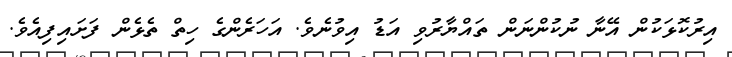
އިރުކޮޅަކުން އޭނާ ނުކުންނަން ތައްޔާރުވި އަޑު އިވުނެވެ. އަހަރެންގެ ހިތް ތެޅެން ފަށައިފިއެވެ.